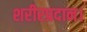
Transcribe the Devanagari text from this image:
शरीरप्रदान।